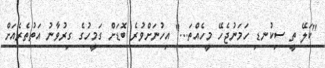
''ކަލޭ ތީ ސިކުނޑި ހަމަނުޖެހޭ މީހެއްތަ...'' އިހުނަށްވުރެ ބޮޑަށް ގަމީހުގެ ގިރުވާނު އަތުތެރެއަށް